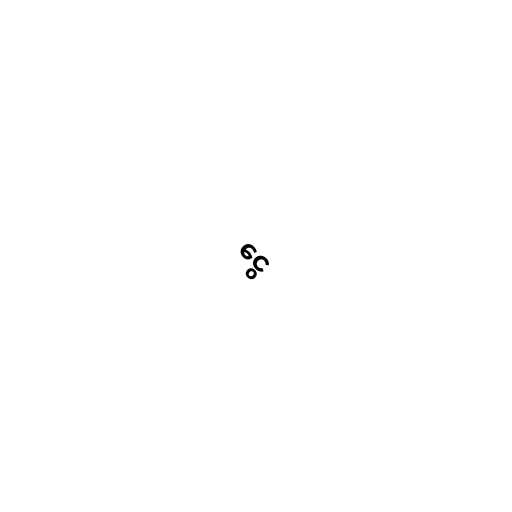
ငွေ